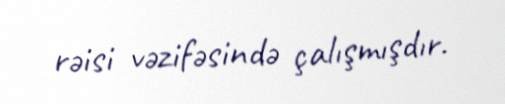
rəisi vəzifəsində çalışmışdır.